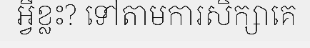
អ្វីខ្លះ? ទៅតាមការសិក្សាគេ